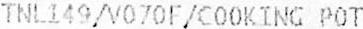
TNL149/V070F/COOKING POT